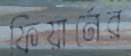
ফিয়ার্নের